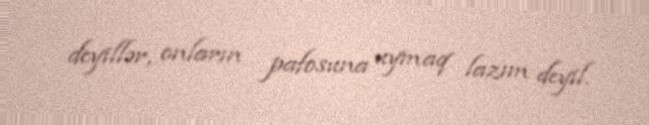
deyillər, onların pafosuna uymaq lazım deyil.